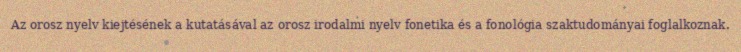
Az orosz nyelv kiejtésének a kutatásával az orosz irodalmi nyelv fonetika és a fonológia szaktudományai foglalkoznak.